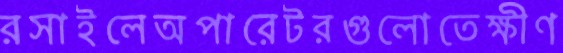
রসাইলেঅপারেটরগুলোতেক্ষীণ